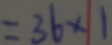
= 3 6 \times 1